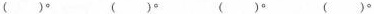
()° ()° ()° ()°